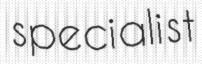
specialist